Annual report of the Punjab Veterinary College and of the Civil Veterinary Department, Punjab - 1926-1932
Year: 1926
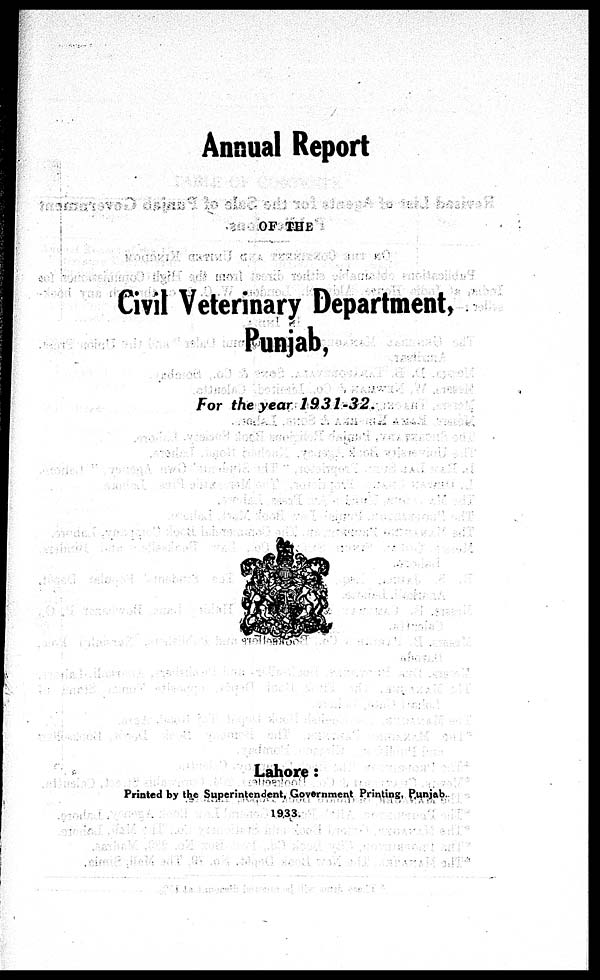
Annual Report
OF THE
Civil Veterinary Department,
Punjab,
For the year 1931-32.
Lahore:
Printed by the Superintendent, Government Printing, Punjab.
1933.